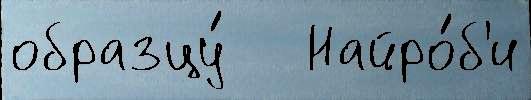
образцу́   Найро́б'и